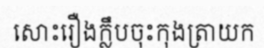
សោះរឿងក្លឹបចុះកុងត្រាយក